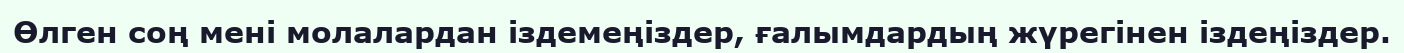
Өлген соң мені молалардан іздемеңіздер, ғалымдардың жүрегінен іздеңіздер.